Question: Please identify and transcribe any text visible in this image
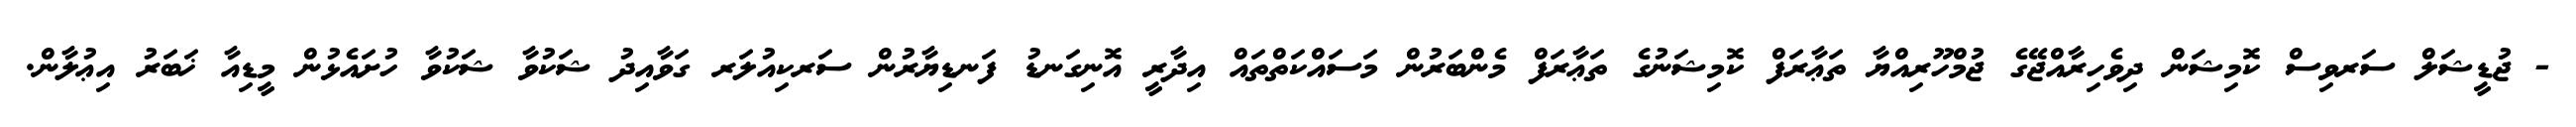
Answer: - ޖުޑީޝަލް ސަރވިސް ކޮމިޝަން ދިވެހިރާއްޖޭގެ ޖުމްހޫރިއްޔާ ތަޢާރަފް ކޮމިޝަނުގެ ތަޢާރަފް މެންބަރުން މަސައްކަތްތައް އިދާރީ އޮނިގަނޑު ފަނޑިޔާރުން ސަރކިއުލަރ ގަވާއިދު ޝަކުވާ ޝަކުވާ ހުށައެޅުން މީޑިއާ ޚަބަރު އިޢުލާން.